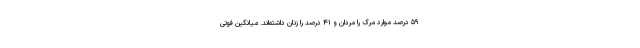
۵۹ درصد موارد مرگ را مردان و ۴۱ درصد را زنان داشته‌اند. میانگین فوتی